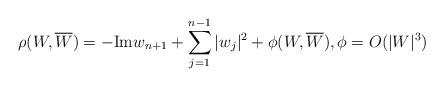
LaTeX: \begin{align*}\rho(W, \overline{W})=-\mathrm{Im}w_{n+1} +\sum_{j=1}^{n-1}|w_{j}|^2 + \phi(W, \overline{W}), \phi=O(|W|^3)\end{align*}